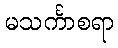
မသင်္ကာစရာ